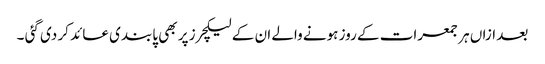
بعد ازاں ہر جمعرات کے روز ہونے والے ان کے لیکچرز پر بھی پابندی عائد کر دی گئی ۔